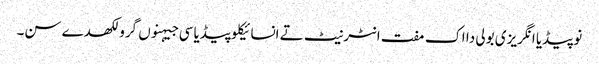
نوپیڈیا انگریزی بولی دا اک مفت انٹرنیٹ تے انسائیکلوپیڈیا سی جیہنوں گرو لکھدے سن۔